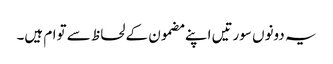
یہ دونوں سورتیں اپنے مضمون کے لحاظ سے توام ہیں۔